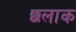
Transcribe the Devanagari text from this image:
छलाक